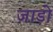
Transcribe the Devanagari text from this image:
जाड़ो